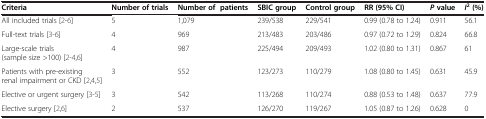
<table><thead><tr><td><b>Criteria</b></td><td><b>Number of trials</b></td><td><b>Number of patients</b></td><td><b>SBIC group</b></td><td><b>Control group</b></td><td><b>RR (95% CI)</b></td><td><b><i>P</i>value</b></td><td><b><i>I</i><sup>2</sup>(%)</b></td></tr></thead><tbody><tr><td>All included trials [2–6]</td><td>5</td><td>1,079</td><td>239/538</td><td>229/541</td><td>0.99 (0.78 to 1.24)</td><td>0.911</td><td>56.1</td></tr><tr><td>Full-text trials [3–6]</td><td>4</td><td>969</td><td>213/483</td><td>203/486</td><td>0.97 (0.72 to 1.29)</td><td>0.824</td><td>66.8</td></tr><tr><td>Large-scale trials (sample size &gt;100) [2–4,6]</td><td>4</td><td>987</td><td>225/494</td><td>209/493</td><td>1.02 (0.80 to 1.31)</td><td>0.867</td><td>61</td></tr><tr><td>Patients with pre-existing renal impairment or CKD [2,4,5]</td><td>3</td><td>552</td><td>123/273</td><td>110/279</td><td>1.08 (0.80 to 1.45)</td><td>0.631</td><td>45.9</td></tr><tr><td>Elective or urgent surgery [3–5]</td><td>3</td><td>542</td><td>113/268</td><td>110/274</td><td>0.88 (0.53 to 1.48)</td><td>0.637</td><td>77.9</td></tr><tr><td>Elective surgery [2,6]</td><td>2</td><td>537</td><td>126/270</td><td>119/267</td><td>1.05 (0.87 to 1.26)</td><td>0.628</td><td>0</td></tr></tbody></table>